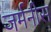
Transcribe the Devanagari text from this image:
जर्मनीस